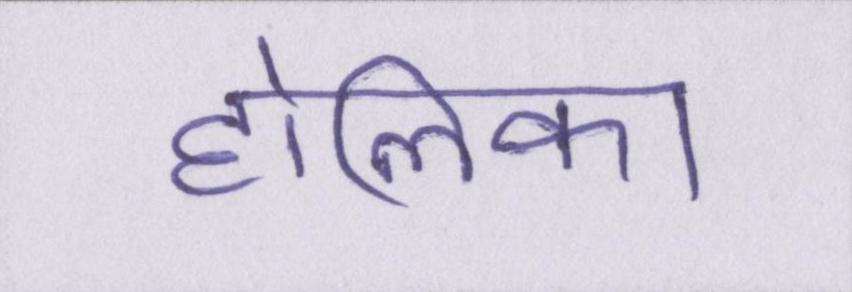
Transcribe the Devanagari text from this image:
होलिका